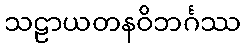
သဠာယတနဝိဘင်္ဂဿ